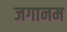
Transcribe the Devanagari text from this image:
जगानम